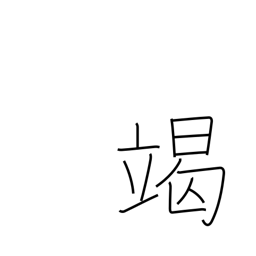
Meaning: exhaust